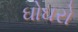
ઘોઘરો